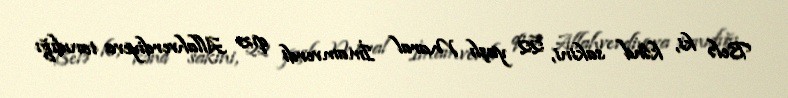
Belə ki, kənd sakini, 22 yaşlı Maral İmamverdi qızı Allahverdiyeva tanıdığı